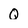
Character: Q